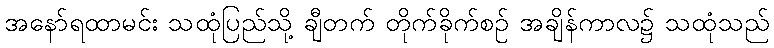
အနော်ရထာမင်း သထုံပြည်သို့ ချီတက် တိုက်ခိုက်စဉ် အချိန်ကာလ၌ သထုံသည်